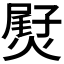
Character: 𤌨